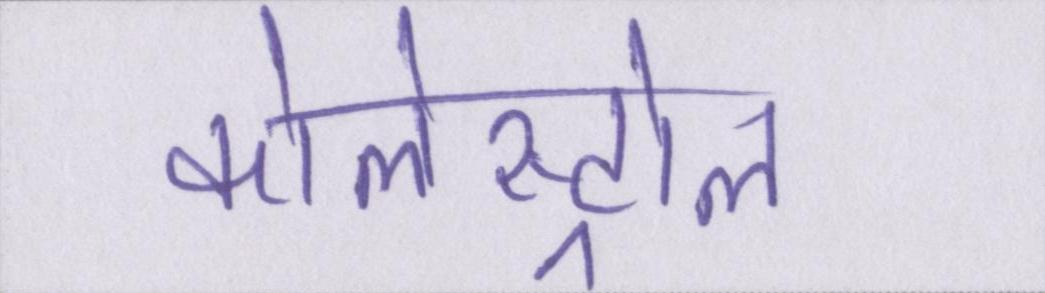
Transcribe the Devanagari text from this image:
कोलेस्ट्रोल